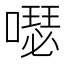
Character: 𠿗